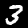
Label: 3